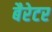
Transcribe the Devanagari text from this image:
बैरेटर